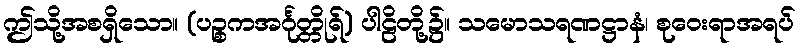
ဤသို့အစရှိသော။ (ပဉ္စကအင်္ဂုတ္တိုရ်) ပါဠိတို့၌။ သမောသရဏဋ္ဌာနံ၊ စုဝေးရာအရပ်